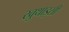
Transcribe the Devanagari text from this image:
खुथाइसी